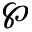
\wp